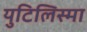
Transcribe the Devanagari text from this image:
युटिलिस्मा